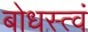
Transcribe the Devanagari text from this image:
बोधस्त्वं